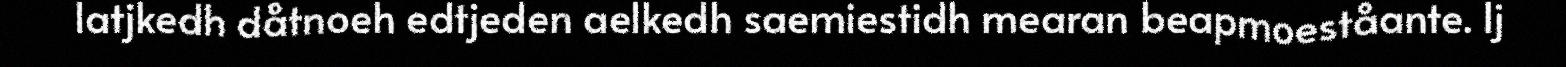
latjkedh dåtnoeh edtjeden aelkedh saemiestidh mearan beapmoeståante. Ij